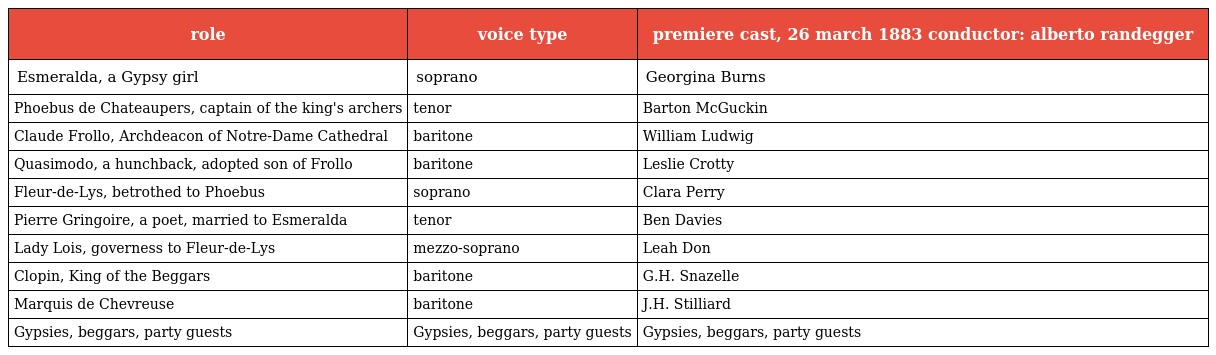
| role | voice type | premiere cast, 26 march 1883 conductor: alberto randegger |
 | --- | --- | --- |
 | Esmeralda, a Gypsy girl | soprano | Georgina Burns |
 | Phoebus de Chateaupers, captain of the king's archers | tenor | Barton McGuckin |
 | Claude Frollo, Archdeacon of Notre-Dame Cathedral | baritone | William Ludwig |
 | Quasimodo, a hunchback, adopted son of Frollo | baritone | Leslie Crotty |
 | Fleur-de-Lys, betrothed to Phoebus | soprano | Clara Perry |
 | Pierre Gringoire, a poet, married to Esmeralda | tenor | Ben Davies |
 | Lady Lois, governess to Fleur-de-Lys | mezzo-soprano | Leah Don |
 | Clopin, King of the Beggars | baritone | G.H. Snazelle |
 | Marquis de Chevreuse | baritone | J.H. Stilliard |
 | Gypsies, beggars, party guests | Gypsies, beggars, party guests | Gypsies, beggars, party guests |